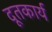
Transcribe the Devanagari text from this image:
दूतकार्य